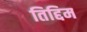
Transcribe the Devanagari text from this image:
तिद्दिम